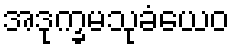
အဒုက္ခမသုခံယေဝ